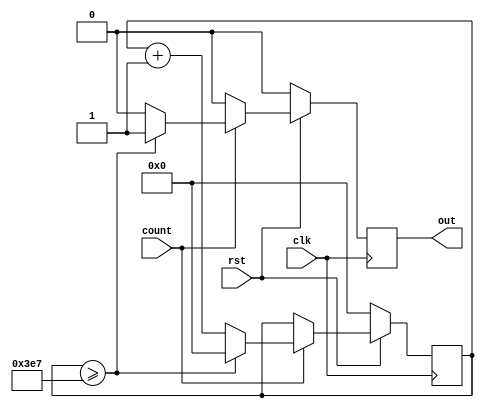
module Count1000(clk,rst,count,out);
input clk,rst,count;
output reg out;
reg [9:0] counter;

	always@(posedge clk)
	begin
	
		if(rst==0)
			begin
	
				out<=0;
				counter<=0;

			end

		else
			begin

				if(count==1)
				begin
					if(counter>=999)
						begin
							out<=1;
							counter<=0;
						end
					else
						begin
							counter<=counter+1;
							out<=0;
						end
				end
				else
					begin
				
						out<=0;
					end
			end
	end
endmodule